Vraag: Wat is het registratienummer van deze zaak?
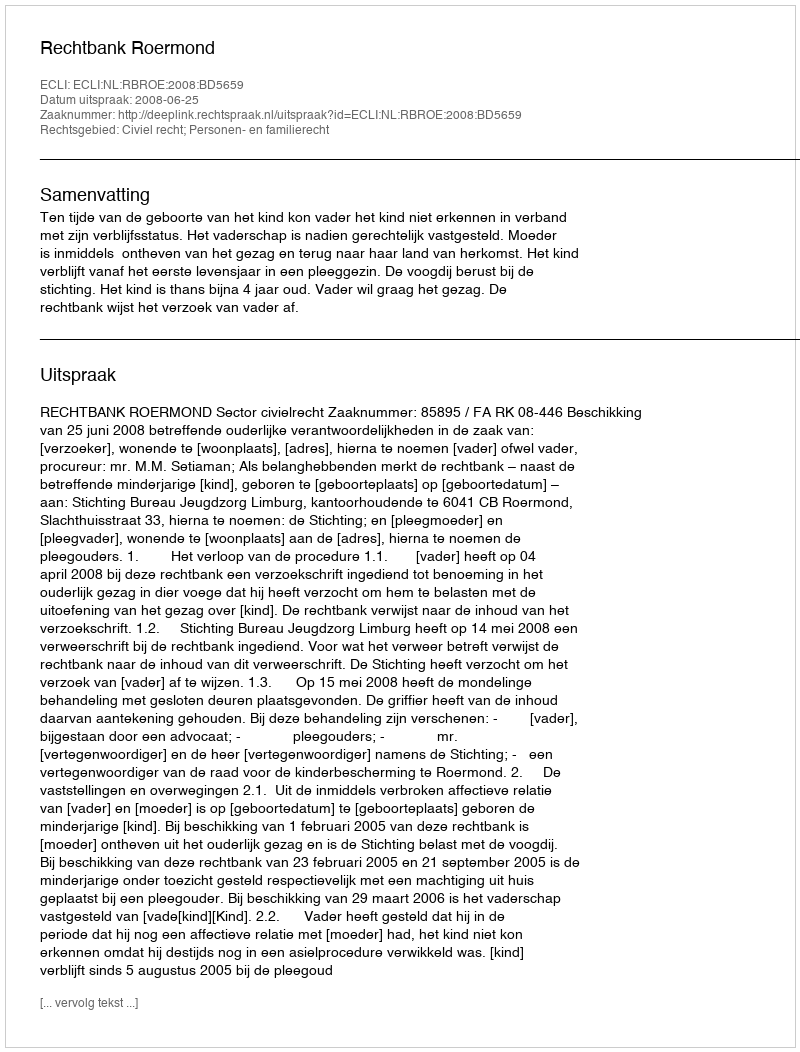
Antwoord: http://deeplink.rechtspraak.nl/uitspraak?id=ECLI:NL:RBROE:2008:BD5659